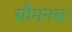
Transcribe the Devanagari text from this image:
सौमनसः